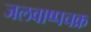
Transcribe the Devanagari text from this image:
जलवाष्पचक्र